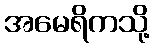
အမေရိကသို့